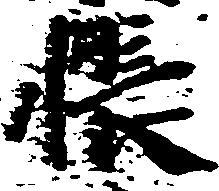
帳